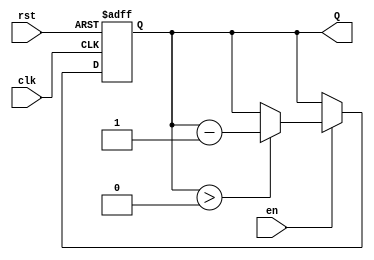
module binary_down_counter (
    input wire clk,        // Clock signal
    input wire rst,        // Asynchronous reset signal
    input wire en,         // Enable signal
    output reg [3:0] Q     // 4-bit output for the count value
);

    // Define the maximum count value for a 4-bit counter
    localparam MAX_COUNT = 4'b1111; // 15 in decimal

    // Always block triggered on the rising edge of the clock
    always @(posedge clk or posedge rst) begin
        if (rst) begin
            // Asynchronous reset: set counter to MAX_COUNT
            Q <= MAX_COUNT;
        end else if (en) begin
            // Enable is high: decrement the counter
            if (Q > 0) begin
                Q <= Q - 1; // Decrement the count
            end
            // If Q is already 0, it remains at 0
        end
        // If enable is low, Q retains its value (hold state)
    end

endmodule